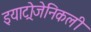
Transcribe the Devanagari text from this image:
इयाट्रोजेनिकली